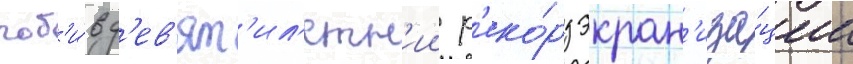
поб'и́в д'ев'ят'ил'етн'ии р'еко́рд экран'иза́ции